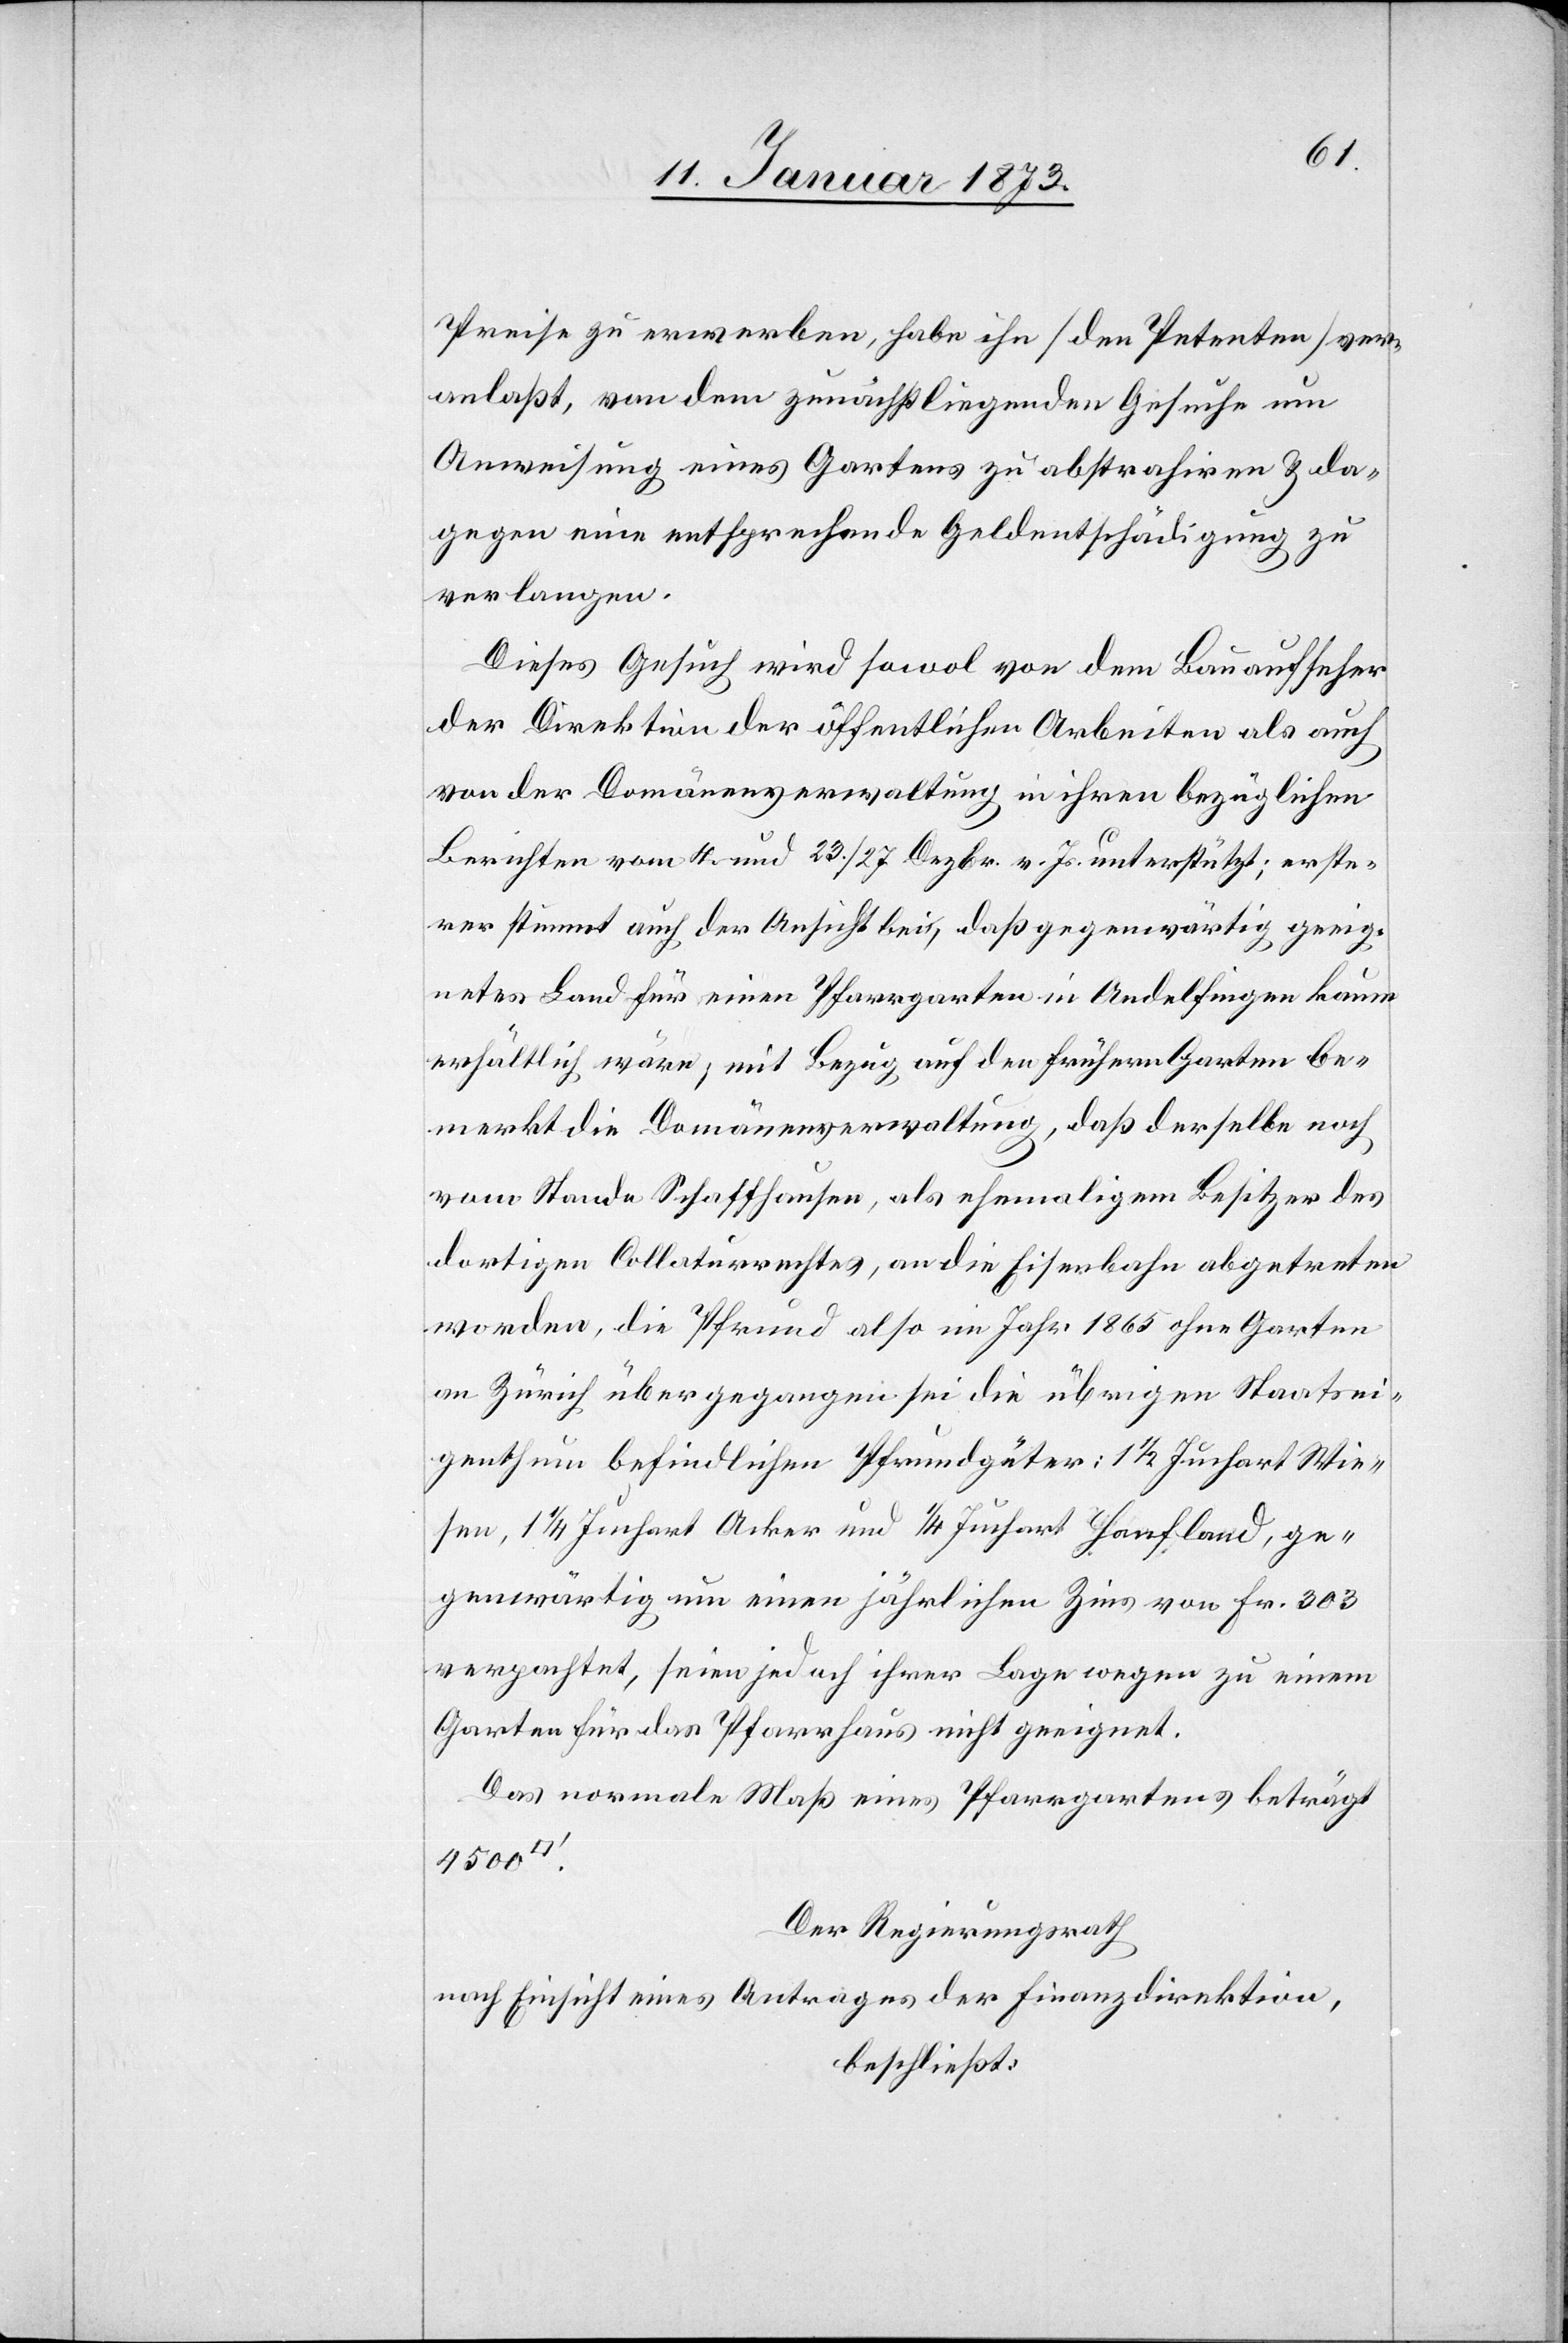
Preise zu erwerben, habe ihn (den Petenten) ver¬
anlaßt, von dem zunächstliegenden Gesuche um
Anweisung eines Gartens zu abstrahiren & da¬
gegen eine entsprechende Geldentschädigung zu
verlangen.
Dieses Gesuch wird sowol von dem Bauaufseher
der Direktion der öffentlichen Arbeiten als auch
von der Domänenverwaltung in ihren bezüglichen
Berichten vom 4. und 23./27. Dezbr. v. Js. unterstützt; erste¬
rer stimmt auch der Ansicht bei, daß gegenwärtig geeig¬
netes Land für einen Pfarrgarten in Andelfingen kaum
erhältlich wäre, mit Bezug auf den frühern Garten be¬
merkt die Domänenverwaltung, daß derselbe noch
vom Stande Schaffhausen, als ehemaligem Besitzer des
dortigen Collaturrechtes, an die Eisenbahn abgetreten
worden, die Pfrund also im Jahr 1865 ohne Garten
an Zürich übergegangen sei die übrigen [im] Staatsei¬
genthum befindlichen Pfrundgüter, 1 1/2 Juchart Mie¬
ten, 1 1/4 Juchart Acker und 1/4 Juchart Hoefland, ge¬
genwärtig um einen jährlichen Zins von Fr. 303
verpachtet, seien jedoch ihrer Lage wegen zu einem
Garten für das Pfarrhaus nicht geeignet.
Das normale Maß eines Pfarrgartens beträgt
4500
Der Regierungsrath
nach Einsicht eines Antrages der Finanzdirektion,
beschließt: